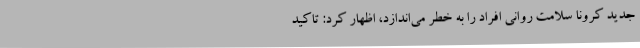
جدید کرونا سلامت روانی افراد را به خطر می‌اندازد، اظهار کرد: تاکید